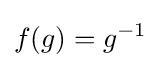
f(g)=g^{-1}